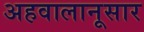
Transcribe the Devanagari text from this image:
अहवालानूसार